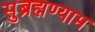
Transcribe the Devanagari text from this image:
सुब्रह्मण्याम